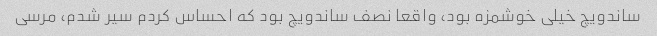
ساندویچ خیلی خوشمزه بود، واقعا نصف ساندویچ بود که احساس کردم سیر شدم، مرسی